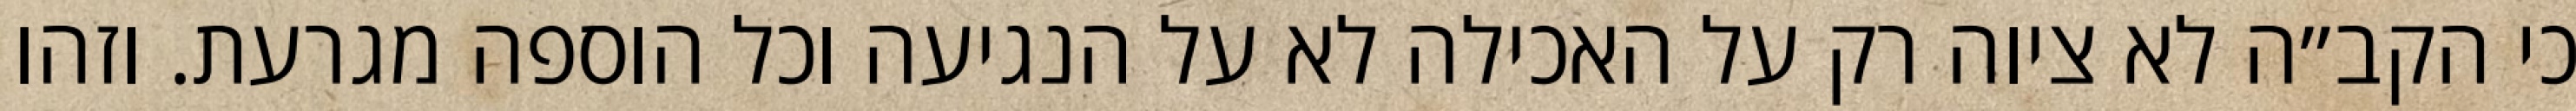
כי הקב״ה לא ציוה רק על האכילה לא על הנגיעה וכל הוספה מגרעת. וזהו